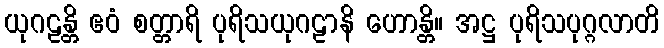
ယုဂဠန္တိ ဧဝံ စတ္တာရိ ပုရိသယုဂဠာနိ ဟောန္တိ။ အဋ္ဌ ပုရိသပုဂ္ဂလာတိ